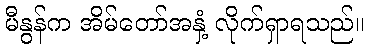
မီနွန်က အိမ်တော်အနှံ့ လိုက်ရှာရသည်။